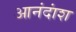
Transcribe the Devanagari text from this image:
आनंदांश